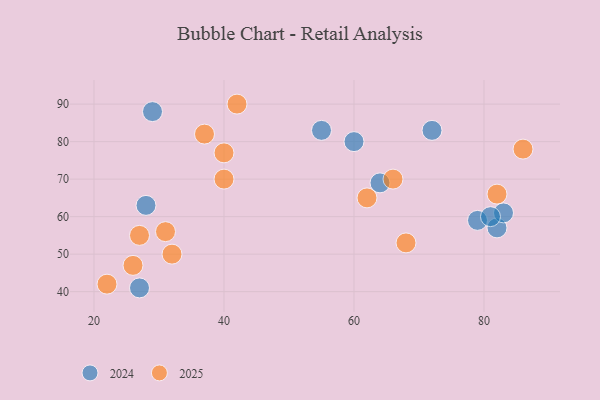
{"axis": {"x": "GDP", "y": "Life Expectancy"}, "legend": ["2024", "2025"], "data": [{"x": "72", "y": 83, "type": "2024"}, {"x": "28", "y": 63, "type": "2024"}, {"x": "82", "y": 57, "type": "2024"}, {"x": "27", "y": 41, "type": "2024"}, {"x": "64", "y": 69, "type": "2024"}, {"x": "83", "y": 61, "type": "2024"}, {"x": "55", "y": 83, "type": "2024"}, {"x": "29", "y": 88, "type": "2024"}, {"x": "79", "y": 59, "type": "2024"}, {"x": "60", "y": 80, "type": "2024"}, {"x": "81", "y": 60, "type": "2024"}, {"x": "22", "y": 42, "type": "2025"}, {"x": "86", "y": 78, "type": "2025"}, {"x": "40", "y": 70, "type": "2025"}, {"x": "32", "y": 50, "type": "2025"}, {"x": "27", "y": 55, "type": "2025"}, {"x": "26", "y": 47, "type": "2025"}, {"x": "62", "y": 65, "type": "2025"}, {"x": "42", "y": 90, "type": "2025"}, {"x": "82", "y": 66, "type": "2025"}, {"x": "68", "y": 53, "type": "2025"}, {"x": "31", "y": 56, "type": "2025"}, {"x": "66", "y": 70, "type": "2025"}, {"x": "40", "y": 77, "type": "2025"}, {"x": "37", "y": 82, "type": "2025"}]}